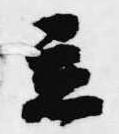
立